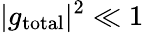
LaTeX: |g_{\mathrm{total}}|^{2}\ll 1